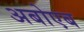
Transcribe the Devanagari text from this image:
अबोएब